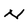
Character: N